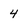
Character: 4